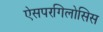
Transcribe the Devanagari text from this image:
ऐसपरगिलोसिस